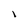
Character: l